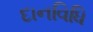
દાનવિધિ